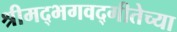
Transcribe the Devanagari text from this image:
श्रीमद्भगवद्गीतेच्या